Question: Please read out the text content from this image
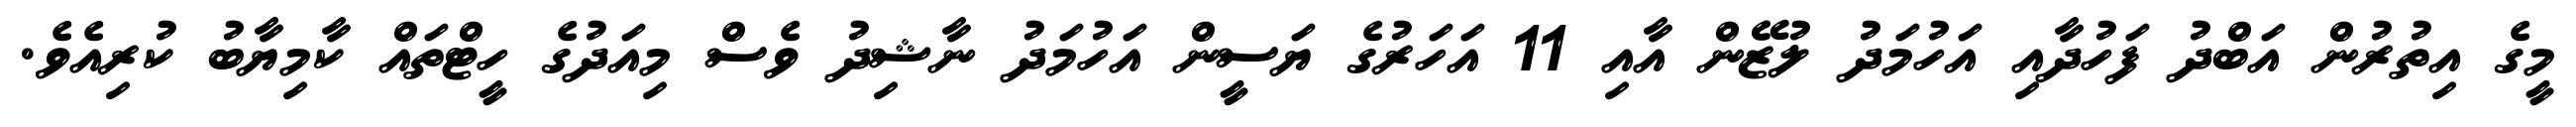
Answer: މީގެ އިތުރުން އަބްދު ފަހުދާއި އަހުމަދު ލުޒޭން އާއި 11 އަހަރުގެ ޔަސީން އަހުމަދު ނާޝިދު ވެސް މިއަދުގެ ހީޓްތައް ކާމިޔާބު ކުރިއެވެ.